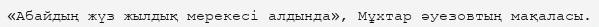
«Абайдың жүз жылдық мерекесі алдында», Мұхтар әуезовтың мақаласы.